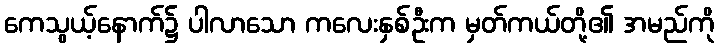
ကေသွယ့်နောက်၌ ပါလာသော ကလေးနှစ်ဦးက မှတ်ကယ်တို့၏ အမည်ကို